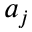
a _ { j }